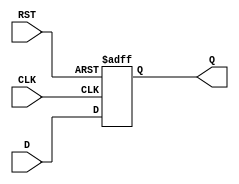
module IntermediateRegister (
    input wire [N-1:0] D,    // Data input (N-bit wide)
    input wire CLK,          // Clock input
    input wire RST,          // Asynchronous reset
    output reg [N-1:0] Q     // Data output (N-bit wide)
);
    parameter N = 8;         // Parameter for the width of the register (default is 8 bits)

    // Asynchronous reset and synchronous data capture
    always @(posedge CLK or posedge RST) begin
        if (RST) begin
            Q <= {N{1'b0}};   // Reset output to 0 (N bits)
        end else begin
            Q <= D;           // Capture input data on clock edge
        end
    end
endmodule